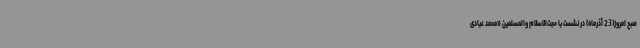
صبح امروز(23 آذرماه) در نشست با حجت‌الاسلام والمسلمین «محمد عبادی